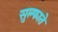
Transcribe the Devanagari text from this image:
सुल्फाते